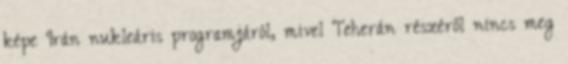
képe Irán nukleáris programjáról, mivel Teherán részéről nincs meg